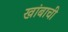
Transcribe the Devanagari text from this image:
खांबाची